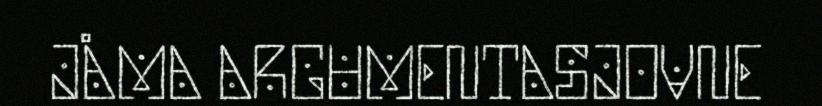
JÅMA ARGUMENTASJOVNE